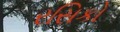
રસિકો